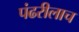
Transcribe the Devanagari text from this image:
पंढरीलाच